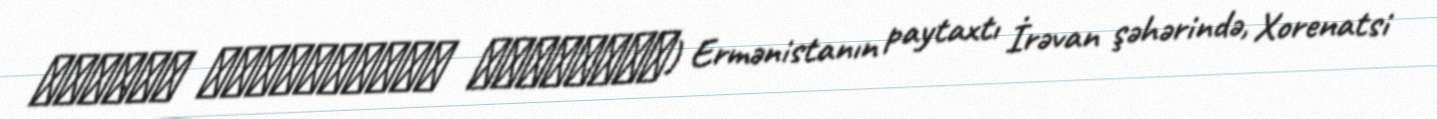
Լեոնիդ Ազգալդյանի հուշաքար) Ermənistanın paytaxtı İrəvan şəhərində, Xorenatsi